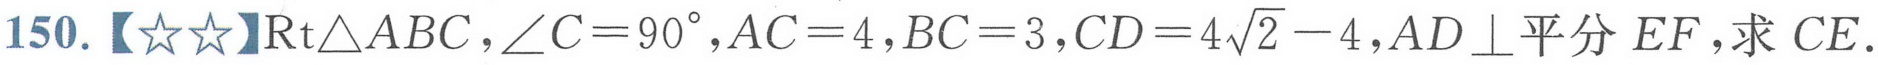
150.【★★】$\text{Rt}\triangle ABC,\angle C = 90^{\circ},AC = 4,BC = 3,CD = 4\sqrt{2}-4,AD\perp$平分\(EF\),求 \(CE\).